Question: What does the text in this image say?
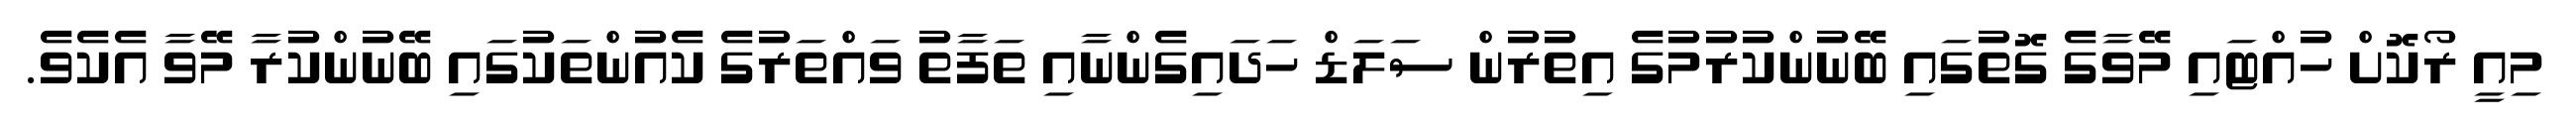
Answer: މިއީ ރޯކޮށް ހުއްޓައި މޭވާގެ ގޮތުގައި ބޭނުންކުރުމުގެ އިތުރުން ސަލަޑް ހަދައިގެންނާއި ތަފާތު ވައްތަރުގެ ކެއުންތަކުގައި ބޭނުންކުރާ މޭވާ އެކެވެ.